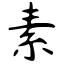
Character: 素